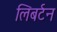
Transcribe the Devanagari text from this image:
लिबर्टन